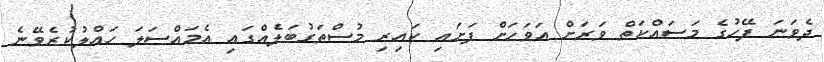
ދެވަނަ ފޭހުގެ މަސައްކަތް ވަރަށް އަވަހަށް ފަށައި ކައިރި މުސްތަގުބަލެއްގައި އެމައްސަލަ ހައްލުކުރެވޭނެ